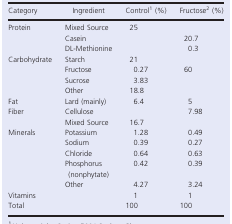
<table><thead><tr><td><b>Category</b></td><td><b>Ingredient</b></td><td><b>Controla (%)</b></td><td><b>Fructoseb (%)</b></td></tr></thead><tbody><tr><td rowspan="3">Protein</td><td>Mixed Source</td><td>25</td><td></td></tr><tr><td>Casein</td><td></td><td>20.7</td></tr><tr><td>DL‐Methionine</td><td></td><td>0.3</td></tr><tr><td rowspan="4">Carbohydrate</td><td>Starch</td><td>21</td><td></td></tr><tr><td>Fructose</td><td>0.27</td><td>60</td></tr><tr><td>Sucrose</td><td>3.83</td><td></td></tr><tr><td>Other</td><td>18.8</td><td></td></tr><tr><td>Fat</td><td>Lard (mainly)</td><td>6.4</td><td>5</td></tr><tr><td rowspan="2">Fiber</td><td>Cellulose</td><td></td><td>7.98</td></tr><tr><td>Mixed Source</td><td>16.7</td><td></td></tr><tr><td rowspan="5">Minerals</td><td>Potassium</td><td>1.28</td><td>0.49</td></tr><tr><td>Sodium</td><td>0.39</td><td>0.27</td></tr><tr><td>Chloride</td><td>0.64</td><td>0.63</td></tr><tr><td>Phosphorus (nonphytate)</td><td>0.42</td><td>0.39</td></tr><tr><td>Other</td><td>4.27</td><td>3.24</td></tr><tr><td>Vitamins</td><td></td><td>1</td><td>1</td></tr><tr><td>Total</td><td></td><td>100</td><td>100</td></tr></tbody></table>